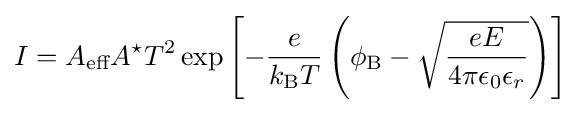
I=A_{\text{eff}}A^{\star }T^{2}\exp \left[-{\frac {e}{k_{\text{B}}T}}\left(\phi _{\text{B}}-{\sqrt {\frac {eE}{4\pi \epsilon _{0}\epsilon _{r}}}}\right)\right]